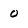
Character: o